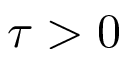
\tau > 0